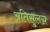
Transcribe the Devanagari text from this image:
अतिसुलग्न